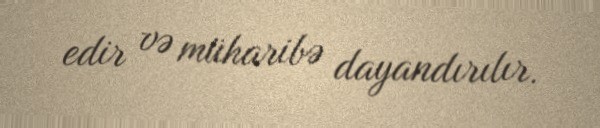
edir və müharibə dayandırılır.